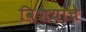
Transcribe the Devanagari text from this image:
विशयाचे